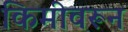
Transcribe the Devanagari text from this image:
किमीवरून